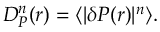
D _ { P } ^ { n } ( r ) = \langle \lvert \delta P ( r ) \rvert ^ { n } \rangle .